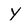
Character: Y